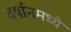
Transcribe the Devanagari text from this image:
वर्षानमध्ये